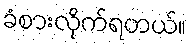
ခံစားလိုက်ရတယ်။